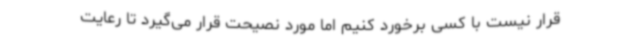
قرار نیست با کسی برخورد کنیم اما مورد نصیحت قرار می‌گیرد تا رعایت